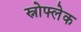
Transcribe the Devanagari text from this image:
स्नोफ्लेक